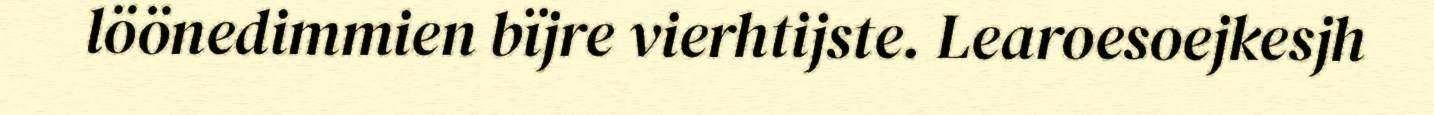
löönedimmien bïjre vierhtijste. Learoesoejkesjh